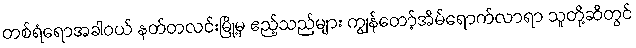
တစ်ရံရောအခါဝယ် နတ်တလင်းမြို့မှ ဧည့်သည်များ ကျွန်တော့်အိမ်ရောက်လာရာ သူတို့ဆီတွင်